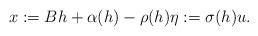
LaTeX: \begin{align*}x := Bh + \alpha(h) - \rho(h) \eta := \sigma(h)u.\end{align*}